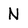
Character: N